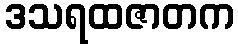
ဒသရထဇာတက